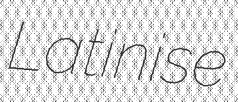
Latinise